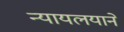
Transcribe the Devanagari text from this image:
न्यायलयाने